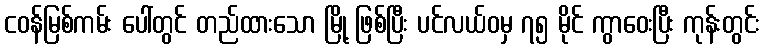
ငဝန်မြစ်ကမ်း ပေါ်တွင် တည်ထားသော မြို့ ဖြစ်ပြီး ပင်လယ်ဝမှ ၇၅ မိုင် ကွာဝေးပြီး ကုန်းတွင်း